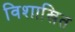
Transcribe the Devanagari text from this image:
विशाखित